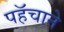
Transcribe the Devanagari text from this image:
पहॅचाने